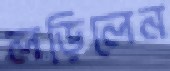
লড়িলেন